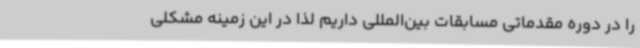
را در دوره مقدماتی مسابقات بین‌المللی داریم لذا در این زمینه مشکلی